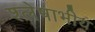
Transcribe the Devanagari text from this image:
श्लेषाभीय